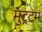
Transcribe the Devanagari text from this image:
मुट्टम